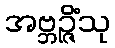
အဗ္ဘဉ္ဇိံသု